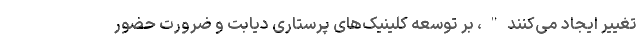
تغییر ایجاد می‌کنند"، بر توسعه کلینیک‌های پرستاری دیابت و ضرورت حضور